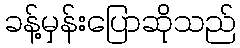
ခန့်မှန်းပြောဆိုသည်